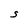
Character: S